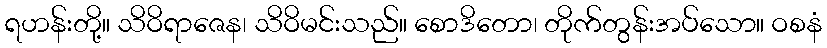
ရဟန်းတို့။ သိဝိရာဇေန၊ သိဝိမင်းသည်။ စောဒိတော၊ တိုက်တွန်းအပ်သော။ ဝစနံ